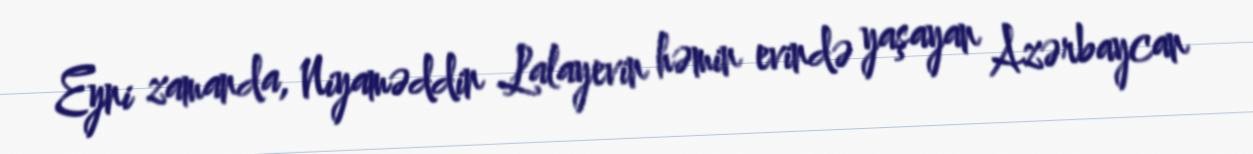
Eyni zamanda, Niyaməddin Lalayevin həmin evində yaşayan Azərbaycan